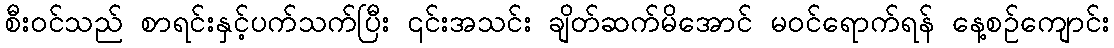
စီး၀င်သည် စာရင်းနှင့်ပက်သက်ပြီး ၎င်းအသင်း ချိတ်ဆက်မိအောင် မဝင်ရောက်ရန် နေ့စဉ်ကျောင်း